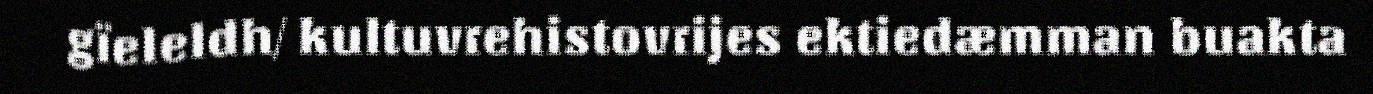
gïeleldh/ kultuvrehistovrijes ektiedæmman buakta